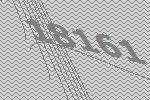
18161